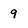
Character: 9